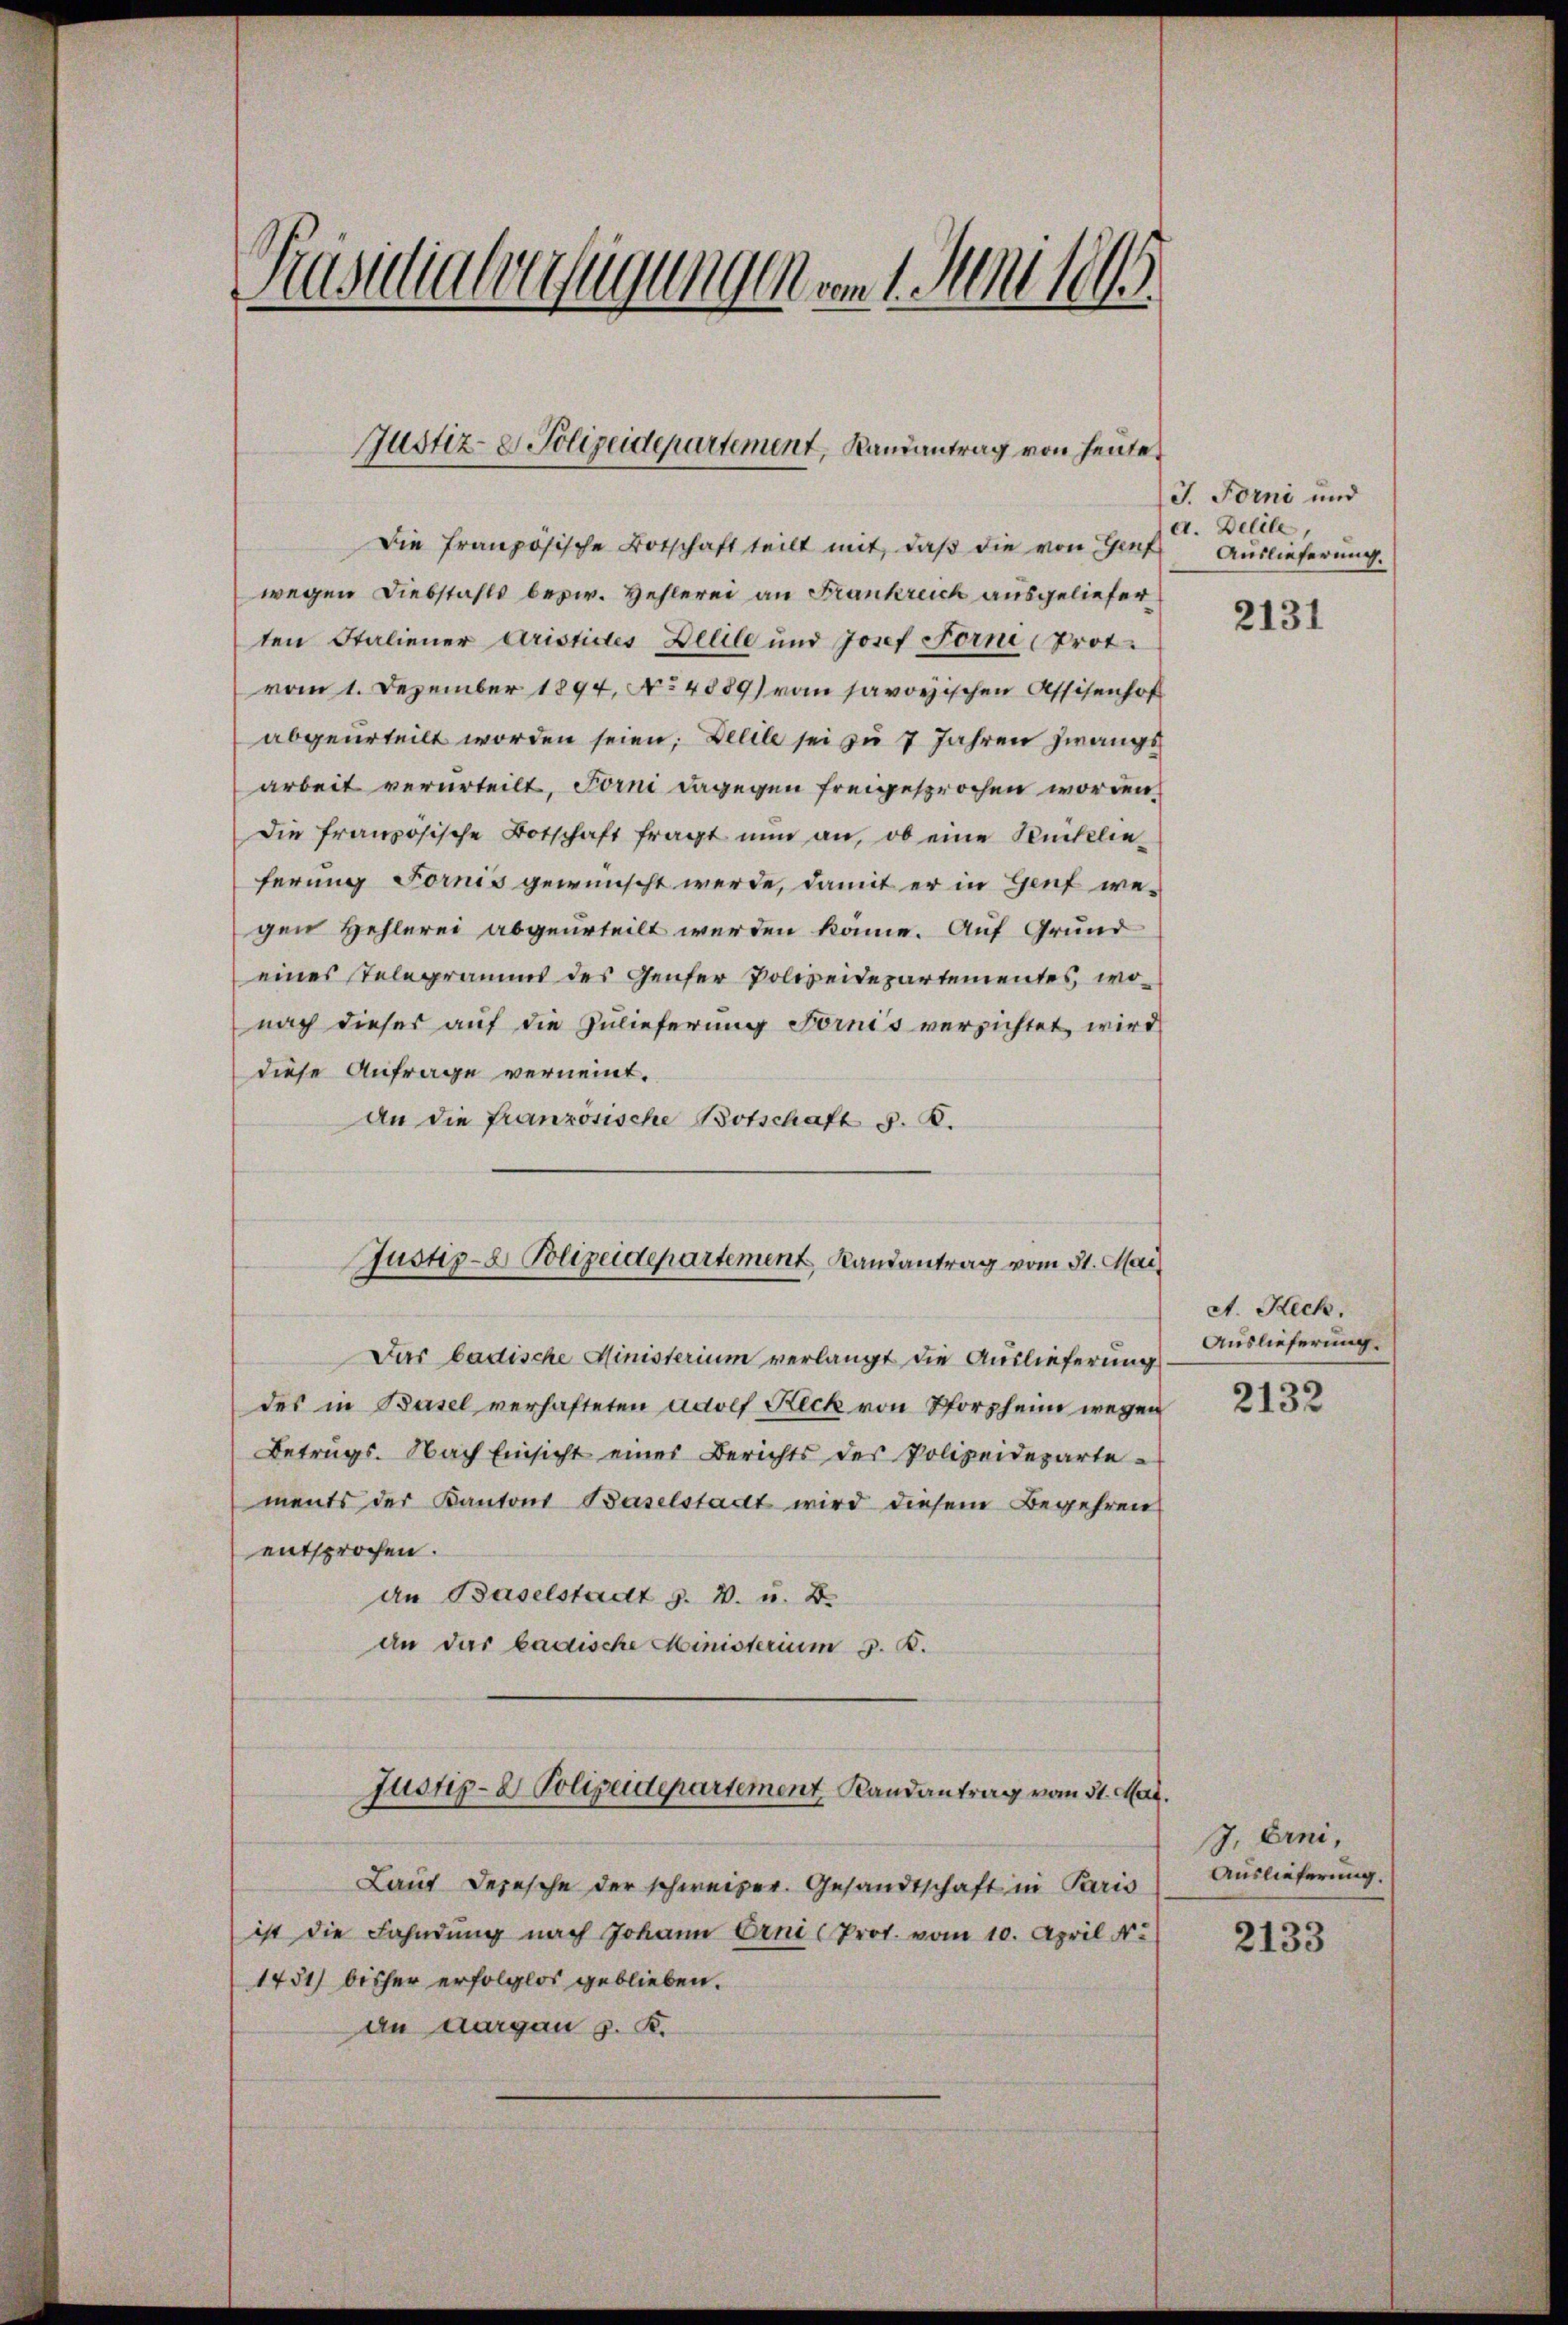
Kusulaluugungen vom 1. Juni 1899.

Justiz- & Polizeidepartement, Randantrag von heute

Justiz- & Polizeidepartement Randantrag vom 31. Mai

Die französische Botschaft teilt mit, daß die von Genf
wegen Diebstahls bezw. Hehlerei an Frankreich ausgelieferten Italiener Aristicles Beeile und Josef Forne Trot
vom 1. Dezember 1894, No 4889) von savoyischen Assisenhof
abgeurteilt worden seien; Delile sei zu 7 Jahren Zwangs
arbeit verurteilt, Forni dagegen freigesprochen worden.
Die französische Botschaft fragt nun an, ob eine Rücklieferung Fornis gewünscht werde, damit er in Genf we-
gen Hehlerei abgeurteilt werden könne. Auf Grund
eines stelegramms des Genfer Polizeidepartementes, wonach dieses auf die Zulieferung Fornis versichtet wird
diese Anfrage verneint.
An die französische Botschaft d. B.
Dar badische Ministerium verlangt die Auslieferung
des in Basel verhafteten Adolf Reck von Pforzheim wegen
Betrags. Nach Einsicht eines Berichts des Polizeidepartements der Kantons Baselstadt wird diesem Begehren
entsprochen.
an Baselstadt z. B. u. D.
an das badische Ministerium 3. K.
Justiz- & Polizeidepartement, Randantrag vom 31. Mar.
Laut Depesche der schweizer. Gesandtschaft in Paris
ist die Fahndung nach Johann Erni (Prot. vom 10. April N
1451) bisher erfolglos geblieben.
an Aargau v. K.

J. Forni und
a. Delile,
Auslieferung.

2131

A. Rech
Auslieferung.

2132

J. Erni,
Auslieferung.

2133